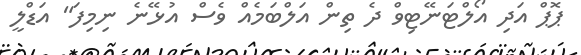
ޕޮޕް އަދި އޯލްޓަނޭޓިވް ދެ ތިން އަލްބަމެއް ވެސް އުޅޭނެ ނިމިފަ" އަޑްލީ